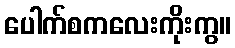
ပေါက်စကလေးကိုးကွ။